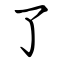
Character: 了